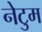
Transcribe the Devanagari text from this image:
नेटुम